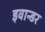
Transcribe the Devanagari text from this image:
इवान्डर